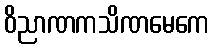
ဝိညာဏကသိဏမေကေ